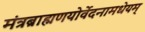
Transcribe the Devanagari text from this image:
मंत्रब्राह्मणयोर्वेदनामधेयम्